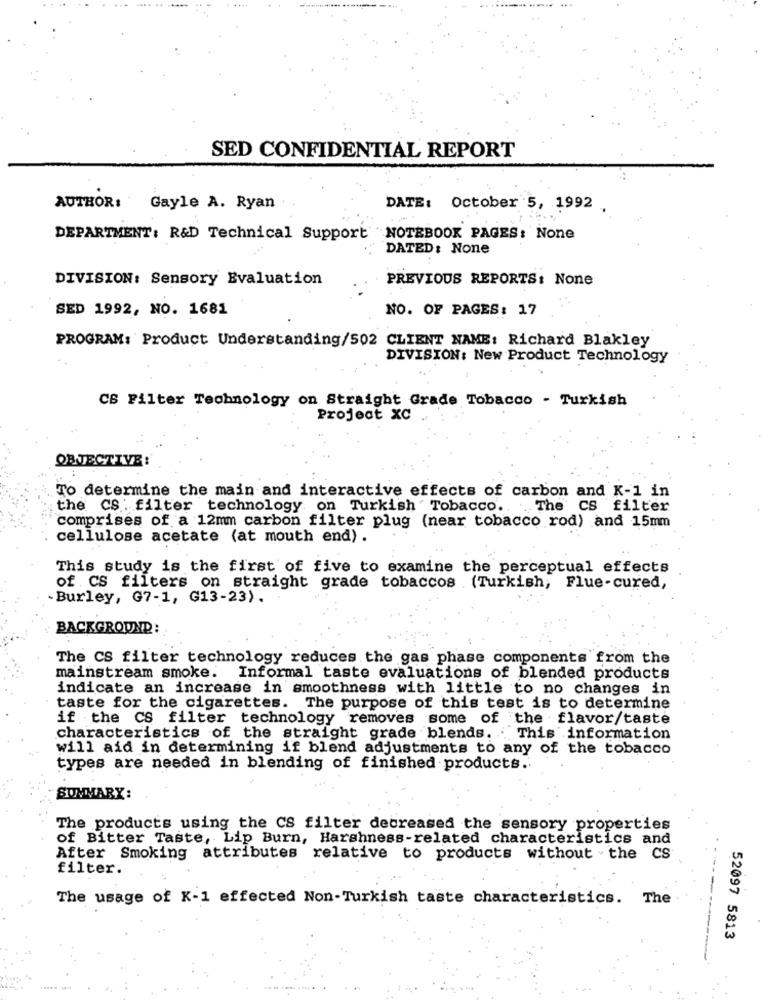
...
SED CONFIDENTIAL REPORT
AUTHOR: Gayle A. Ryan
DATE: October 5, 1992
DEPARTMENT: R&D Technical Support NOTEBOOK PAGES: None
DATED: None
DIVISION: Sensory Evaluation
PREVIOUS REPORTS: None
SED 1992, NO. 1681
NO. OF PAGES: 17
PROGRAM: Product Understanding/502 CLIENT NAME: Richard Blakley
DIVISION: New Product Technology
CS Filter Technology on Straight Grade Tobacco - Turkish
Project xc
OBJECTIVE :
To determine the main and interactive effects of carbon and K-1 in
the CS : filter technology. on Turkish Tobacco .. . The CS filter
comprises of a 12mm carbon filter plug (near tobacco rod) and 15mm
cellulose acetate (at mouth end).
This study is the first of five to examine the perceptual effects
of CS filters on straight grade tobaccos (Turkish, Flue-cured,
.Burley, G7-1, G13-23).
BACKGROUND :
The CS filter technology reduces the gas phase components from the
mainstream smoke. Informal taste evaluations of blended products
indicate an increase in smoothness with little to no changes in
taste for the cigarettes. The purpose of this test is to determine
if the CS filter technology removes some of the flavor/taste
characteristics of the straight grade blends. This information
will aid in determining if blend adjustments to any of the tobacco
types are needed in blending of finished products.'
SUMMARY:
The products using the CS filter decreased the sensory properties
of Bitter Taste, Lip Burn, Harshness-related characteristics and
After Smoking attributes relative to products without . the CS
filter.
The usage of K-1 effected Non-Turkish taste characteristics. The
52097 5813